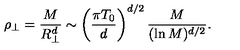
\rho _ { \perp } = { \frac { M } { R _ { \perp } ^ { d } } } \sim \left( { \frac { \pi T _ { 0 } } { d } } \right) ^ { d / 2 } { \frac { M } { ( \ln { M } ) ^ { d / 2 } } } .